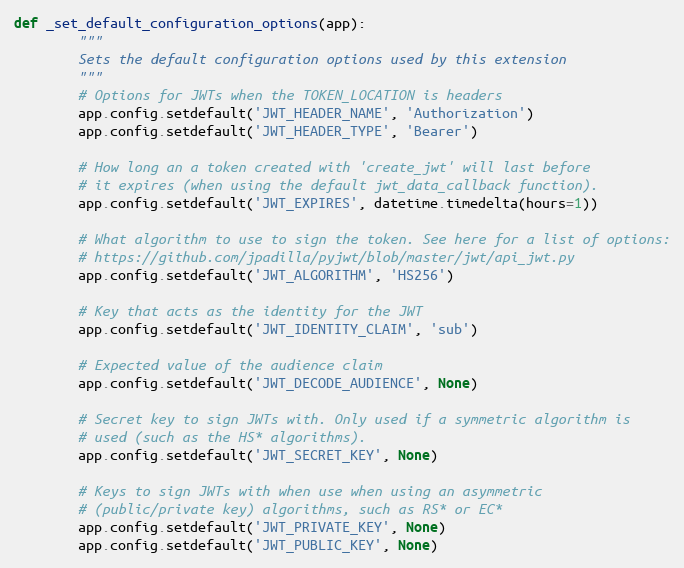
Language: Python
def _set_default_configuration_options(app):
        """
        Sets the default configuration options used by this extension
        """
        # Options for JWTs when the TOKEN_LOCATION is headers
        app.config.setdefault('JWT_HEADER_NAME', 'Authorization')
        app.config.setdefault('JWT_HEADER_TYPE', 'Bearer')

        # How long an a token created with 'create_jwt' will last before
        # it expires (when using the default jwt_data_callback function).
        app.config.setdefault('JWT_EXPIRES', datetime.timedelta(hours=1))

        # What algorithm to use to sign the token. See here for a list of options:
        # https://github.com/jpadilla/pyjwt/blob/master/jwt/api_jwt.py
        app.config.setdefault('JWT_ALGORITHM', 'HS256')

        # Key that acts as the identity for the JWT
        app.config.setdefault('JWT_IDENTITY_CLAIM', 'sub')

        # Expected value of the audience claim
        app.config.setdefault('JWT_DECODE_AUDIENCE', None)

        # Secret key to sign JWTs with. Only used if a symmetric algorithm is
        # used (such as the HS* algorithms).
        app.config.setdefault('JWT_SECRET_KEY', None)

        # Keys to sign JWTs with when use when using an asymmetric
        # (public/private key) algorithms, such as RS* or EC*
        app.config.setdefault('JWT_PRIVATE_KEY', None)
        app.config.setdefault('JWT_PUBLIC_KEY', None)